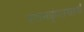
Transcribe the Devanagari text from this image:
श्यामकुंदाचार्य